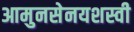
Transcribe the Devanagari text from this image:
आमुनसेनयशस्वी